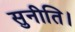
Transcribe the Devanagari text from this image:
सुनीति।